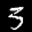
Label: 3